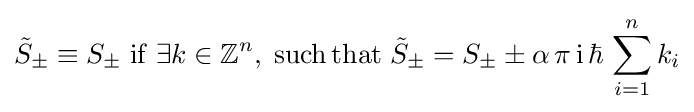
{\tilde {S}}_{\pm }\equiv S_{\pm }\;{\rm {if}}\;\exists k\in \mathbb {Z} ^{n},\;{\rm {such\,that}}\;{\tilde {S}}_{\pm }=S_{\pm }\pm \alpha \,\pi \,{\rm {i}}\,\hbar \,\sum _{i=1}^{n}k_{i}